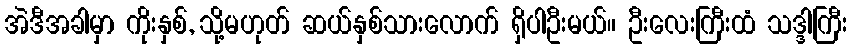
အဲဒီအခါမှာ ကိုးနှစ်, သို့မဟုတ် ဆယ်နှစ်သားလောက် ရှိပါဦးမယ်။ ဦးလေးကြီးထံ သဒ္ဒါကြီး